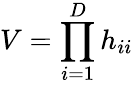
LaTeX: V=\prod_{i=1}^{D}h_{ii}